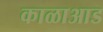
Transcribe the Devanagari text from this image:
काळाआड